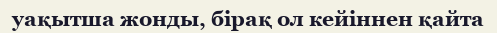
уақытша жонды, бірақ ол кейіннен қайта